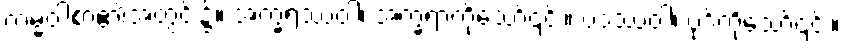
ကမ္မဝါစာ၏အတွင်း၌။ အက္ခရဿဝါ၊ အက္ခရာကိုသော်၎င်း။ ပဒဿဝါ၊ ပုဒ်ကိုသော်၎င်း။